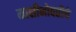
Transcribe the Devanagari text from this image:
माशीभोवतीचे